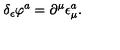
\delta _ { \epsilon } \varphi ^ { a } = \partial ^ { \mu } \epsilon _ { \mu } ^ { a } .